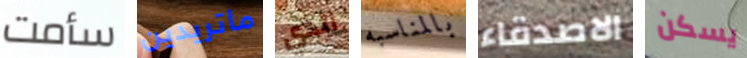
سأمت ماتريدين الذي بالمناسبه الاصدقاء يسكن